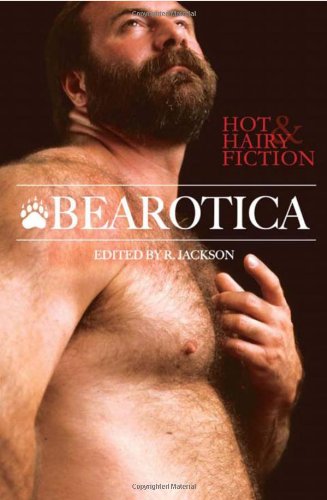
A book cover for Bearotica: Hot & Hairy Fiction; Romance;